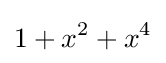
1+x^{2}+x^{4}